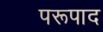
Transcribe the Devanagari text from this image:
परूपाद